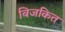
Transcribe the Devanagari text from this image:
बिजकित